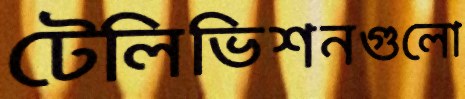
টেলিভিশনগুলো